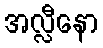
အလ္လီနော